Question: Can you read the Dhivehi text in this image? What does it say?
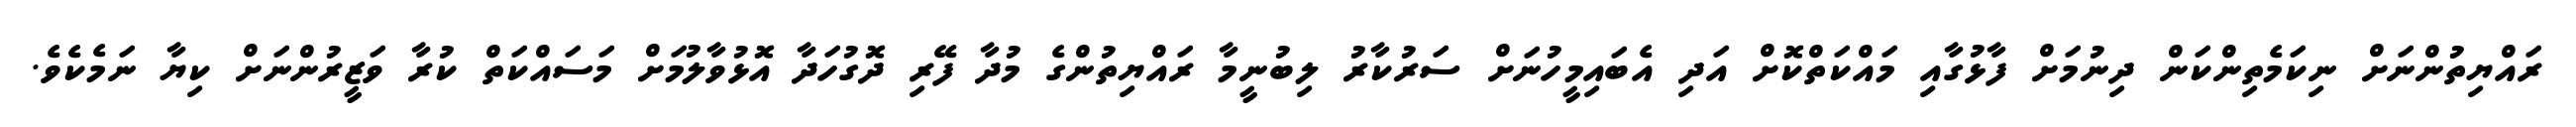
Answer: ރައްޔިތުންނަށް ނިކަމެތިންކަން ދިނުމަށް ފާޅުގާއި މައްކަތްކޮށް އަދި އެބައިމީހުނަށް ސަރުކާރު ލިބުނީމާ ރައްޔިތުންގެ މުދާ ފޭރި ދޮގުހަދާ އޮޅުވާލުމަށް މަސައްކަތް ކުރާ ވަޒީރުންނަށް ކިޔާ ނަމެކެވެ.